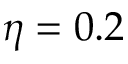
\eta = 0 . 2